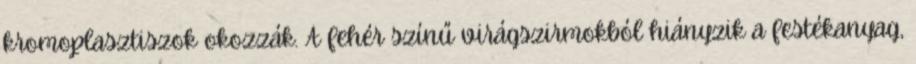
kromoplasztiszok okozzák. A fehér színű virágszirmokból hiányzik a festékanyag,